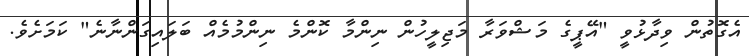
އެގޮތުން ވިދާޅުވީ "އޭޕީގެ މަޝްވަރާ މަޖިލީހުން ނިންމާ ކޮންމެ ނިންމުމެއް ބަލައިގަންނާނެ" ކަމަށެވެ.